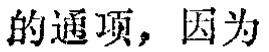
的通项，因为